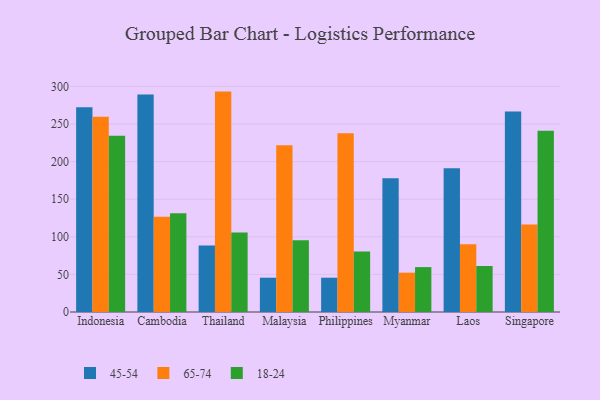
{"axis": {"x": "Country", "y": "Conversion Rate (%)"}, "legend": ["18-24", "45-54", "65-74"], "data": [{"x": "Indonesia", "y": 272.4, "type": "45-54"}, {"x": "Indonesia", "y": 259.6, "type": "65-74"}, {"x": "Indonesia", "y": 234.3, "type": "18-24"}, {"x": "Cambodia", "y": 289.1, "type": "45-54"}, {"x": "Cambodia", "y": 126.8, "type": "65-74"}, {"x": "Cambodia", "y": 131.3, "type": "18-24"}, {"x": "Thailand", "y": 88.4, "type": "45-54"}, {"x": "Thailand", "y": 293.1, "type": "65-74"}, {"x": "Thailand", "y": 105.7, "type": "18-24"}, {"x": "Malaysia", "y": 45.6, "type": "45-54"}, {"x": "Malaysia", "y": 221.7, "type": "65-74"}, {"x": "Malaysia", "y": 95.4, "type": "18-24"}, {"x": "Philippines", "y": 45.6, "type": "45-54"}, {"x": "Philippines", "y": 237.6, "type": "65-74"}, {"x": "Philippines", "y": 80.4, "type": "18-24"}, {"x": "Myanmar", "y": 177.9, "type": "45-54"}, {"x": "Myanmar", "y": 52.3, "type": "65-74"}, {"x": "Myanmar", "y": 59.7, "type": "18-24"}, {"x": "Laos", "y": 191.2, "type": "45-54"}, {"x": "Laos", "y": 90.2, "type": "65-74"}, {"x": "Laos", "y": 61.2, "type": "18-24"}, {"x": "Singapore", "y": 266.6, "type": "45-54"}, {"x": "Singapore", "y": 116.2, "type": "65-74"}, {"x": "Singapore", "y": 240.9, "type": "18-24"}]}